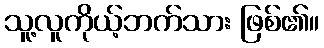
သူ့လူကိုယ့်ဘက်သား ဖြစ်၏။